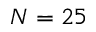
N = 2 5